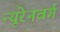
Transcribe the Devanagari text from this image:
न्यूरेनवर्ग